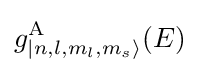
g_{|n,l,m_{l},m_{s}\rangle }^{\mathrm {A} }(E)